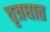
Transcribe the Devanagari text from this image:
वृत्रघात